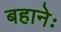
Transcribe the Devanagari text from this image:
बहानेः